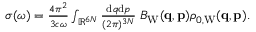
\begin{array} { r } { \sigma ( \omega ) = \frac { 4 \pi ^ { 2 } } { 3 c \omega } \int _ { \mathbb { R } ^ { 6 N } } \frac { \ensuremath { \mathrm { d } } \b { q } \ensuremath { \mathrm { d } } \b { p } } { ( 2 \pi ) ^ { 3 N } } \; B _ { \mathrm { W } } ( \ensuremath { \mathbf { q } } , \ensuremath { \mathbf { p } } ) \rho _ { 0 , \mathrm { W } } ( \ensuremath { \mathbf { q } } , \ensuremath { \mathbf { p } } ) . } \end{array}